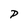
Character: P